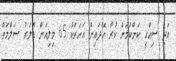
އަދި ސިއްހީ ކަންކަމަށް ކުރާ ހޭދައިން އަހަރަކު 65 މިލިއަން ޑޮލަރު ސަލާމަތް